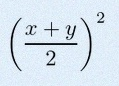
\left(\frac{x+y}{2}\right)^2